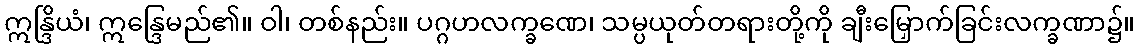
ဣန္ဒြိယံ၊ ဣန္ဒြေမည်၏။ ဝါ၊ တစ်နည်း။ ပဂ္ဂဟလက္ခဏေ၊ သမ္ပယုတ်တရားတို့ကို ချီးမြှောက်ခြင်းလက္ခဏာ၌။